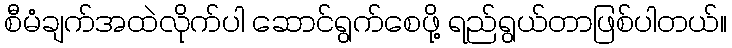
စီမံချက်အထဲလိုက်ပါ ဆောင်ရွက်စေဖို့ ရည်ရွယ်တာဖြစ်ပါတယ်။